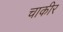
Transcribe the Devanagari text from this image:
चाकीर